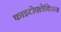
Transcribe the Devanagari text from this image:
फाइटोएलेक्सिन